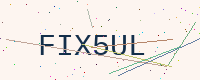
Text: FIX5UL